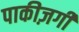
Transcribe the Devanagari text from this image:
पाकीज़गी